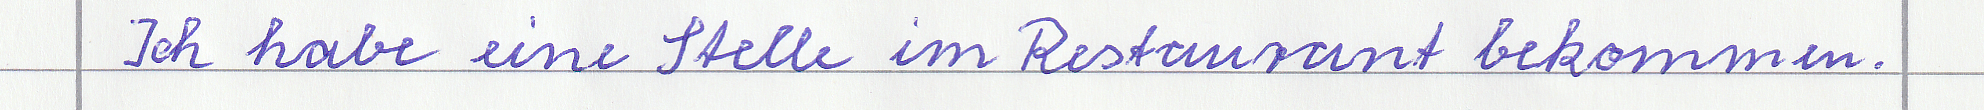
Ich habe eine Stelle im Restaurant bekommen.